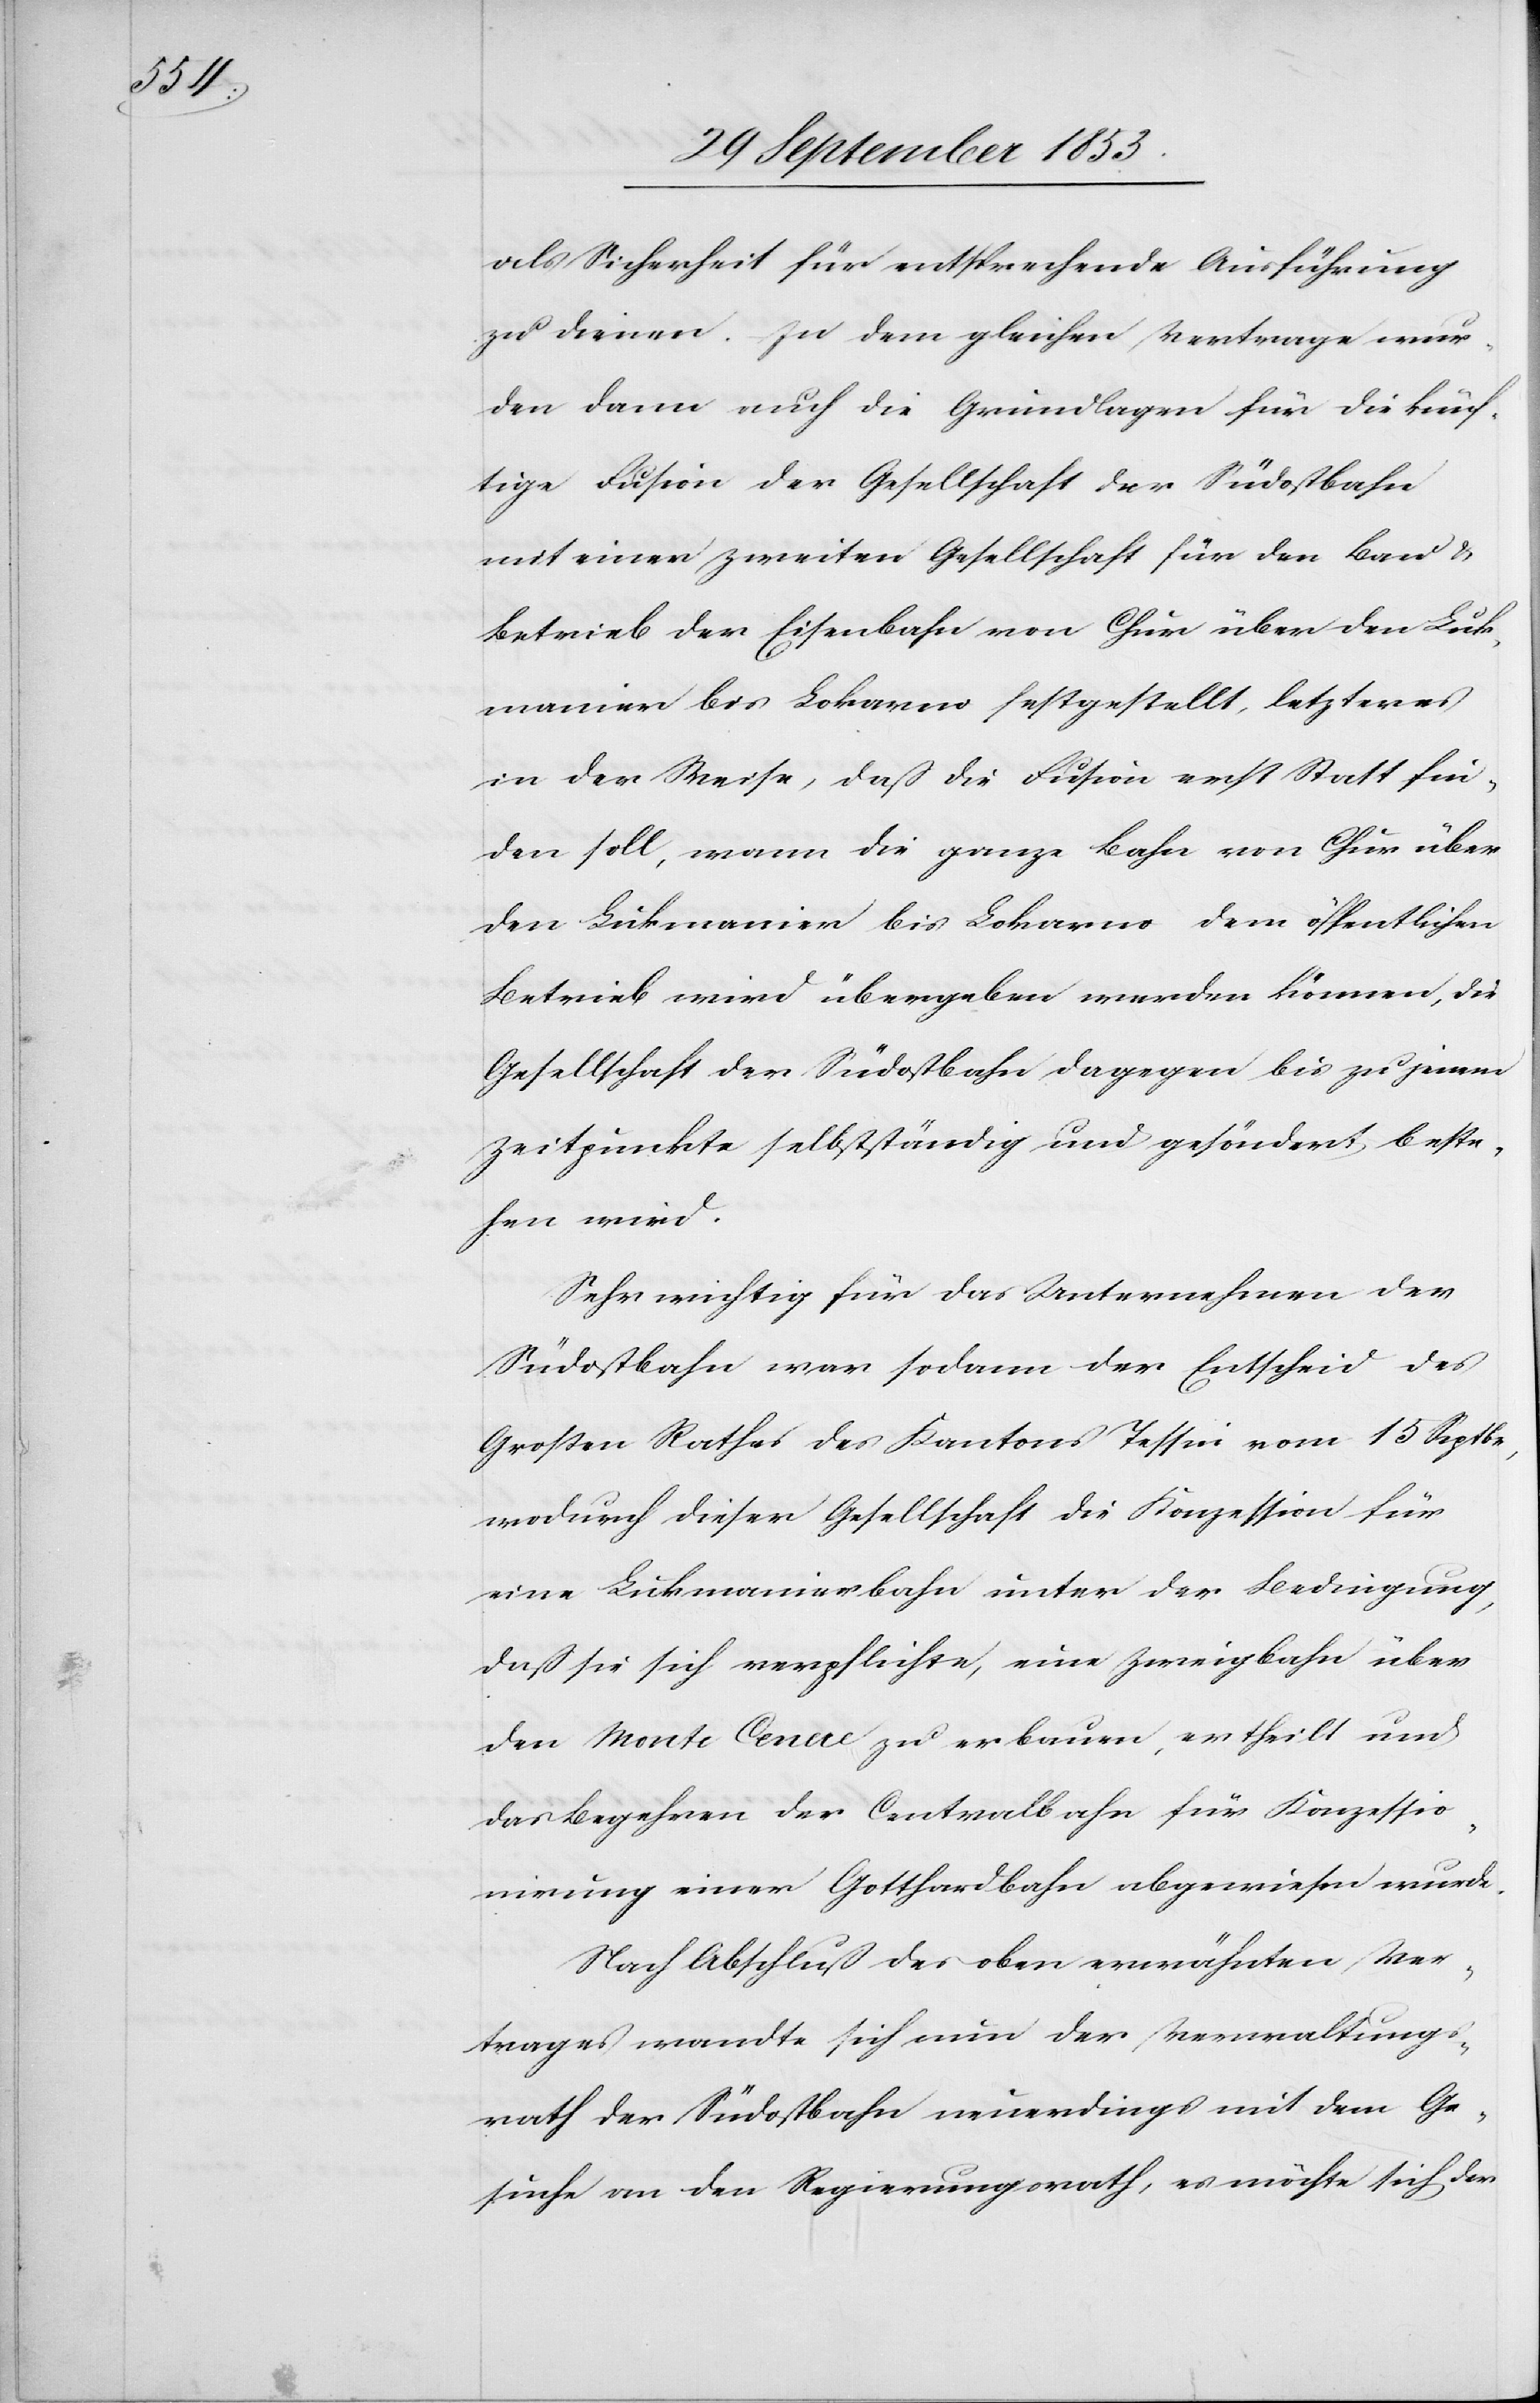
als Sicherheit für entsprechende Ausführung
zu dienen. In dem gleichen Vertrage wur¬
den dann auch die Grundlagen für die künf¬
tige Fusion der Gesellschaft der Südostbahn
mit einer zweiten Gesellschaft für den Bau¬
betrieb der Eisenbahn von Chur über den Luk¬
manier bis Lokarno festgestellt, letzteres
in der Weise, daß die Fusion erst Statt fin¬
den soll, wenn die ganze Bahn von Chur über
den Lukmanier bis Lokarno dem öffentlichen
Betrieb wird übergeben werden können, die
Gesellschaft der Südostbahn dagegen bis zu jenem
Zeitpunkte selbständig und gesöndert, beste¬
hen wird.
Sehr wichtig für das Unternehmen der
Südostbahn war sodann der Entscheid des
Großen Rathes des Kantons Tessin vom 15 Septbr,
wodurch dieser Gesellschaft die Konzession für
eine Lukmanierbahn unter der Bedingung,
daß sie sich verpflichte, eine Zweigbahn über
den Monte Ceneri zu erbauen, ertheilt und
das Begehren der Centralbahn für Konzessio¬
nirung einer Gotthardbahn abgewiesen wurde.
Nach Abschluß des oben erwähnten Ver¬
trages wandte sich nun der Verwaltungs¬
rath der Südostbahn neuerdings mit dem Ge¬
suche an den Regierungsrath, es möchte sich der